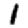
Digit: 1